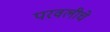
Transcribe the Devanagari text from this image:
परवलीचे